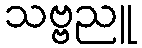
သဗ္ဗညူ